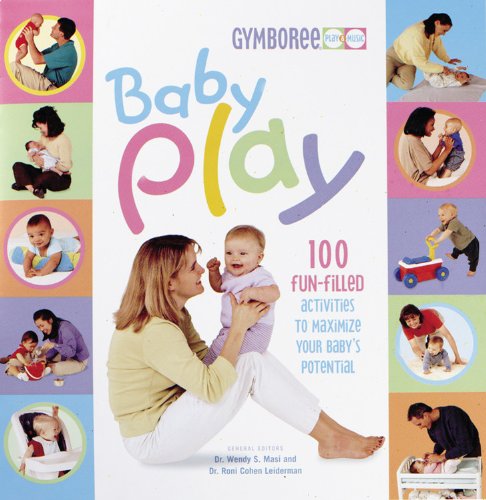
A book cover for Baby Play (Gymboree); Wendy Masi Ph.D; Parenting & Relationships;